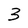
Character: 3